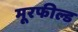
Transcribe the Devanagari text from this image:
मूरफील्ड